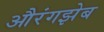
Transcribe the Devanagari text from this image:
औरंगझेब